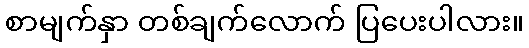
စာမျက်နှာ တစ်ချက်လောက် ပြပေးပါလား။